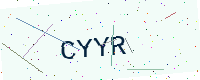
Text: CYYR